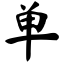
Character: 单